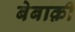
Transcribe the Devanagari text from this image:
बेबाक़ी